Indian journal of veterinary science and animal husbandry - Volume 2,
Year: 1932
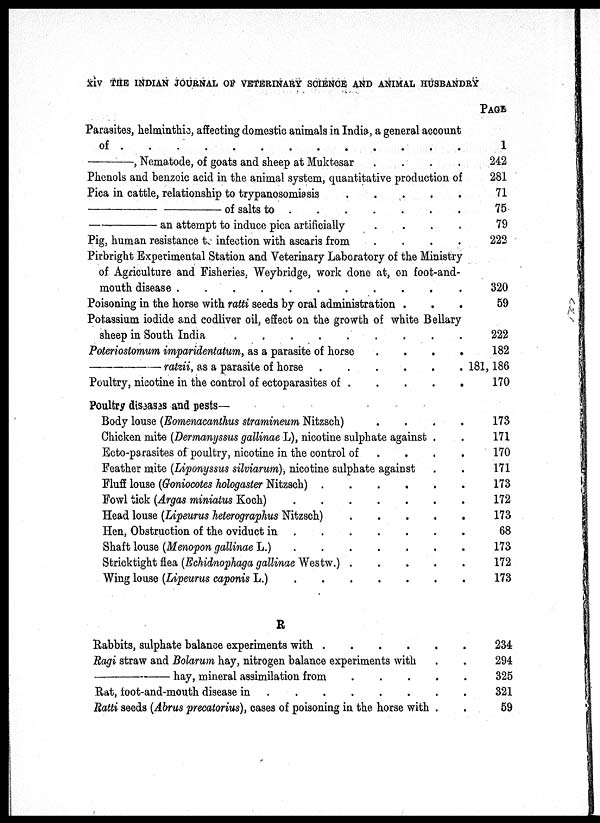
XIV THE INDIAN JOURNAL OF VETERINARY SCIENCE AND ANIMAL HUSBANDRY
Parasites, helminthic, affecting domestic animals in India, a general account
of
.
.
.
.
.
.
.
.
—,
Nematode, of goats and sheep at Muktesar . . . . . . . .
Phenols and benzoic acid in the animal system, quantitative production of
Pica in cattle, relationship to trypanosomiasis . . . . . . . .
—of
salts to . . . . . . . .
—an
attempt to induce pica artificially . . . . . . . .
Pig, human resistance to infection with ascaris from . . . . . . . .
Pirbright Experimental Station and Veterinary Laboratory of the Ministry
of Agriculture and Fisheries. Weybridge, work done at, on foot-and-
mouth disease
.
.
.
.
.
.
.
.
Poisoning in the horse with ratti seeds by oral administration .
Potassium iodide and codliver oil, effect on the growth of white Bellary
sheep in South India
Poteriostomum imparidentatum, as a parasite of horse . . . . . . . .
ratzii, as a parasite of horse . . . . . . . .
Poultry, nicotine in the control of ectoparasites of . . . . . . . .
Poultry diseases and pests—
Body louse (Eomenacanthus stramineum Nitzsch) . . . . . . . .
Chicken mite (Dermanyssus gallinae L), nicotine sulphate against . .
Ecto-parasites of poultry, nicotine in the control of . . . . . . . .
Feather mite (Liponyssus silviarum), nicotine sulphate against . .
Fluff louse (Goniocotes hologaster Nitzsch) . . . . . . . .
Fowl tick (Argas miniatus Koch)
.
.
.
.
.
.
.
.
Head louse (Lipeurus heterographus Nitzsch) . . . . . . . .
Hen, Obstruction of the oviduct in
.
.
.
.
.
.
.
.
Shaft louse (Menopon gallinae L.)
.
.
.
.
.
.
.
.
Stricktight flea (Echidnophaga gallinae Westw.) . . . . . . . .
Wing louse (Lipeurus caponis L.)
.
.
.
.
.
.
.
.
R
Rabbits, sulphate balance experiments with . . . . . . . .
Ragi straw and Bolarum hay, nitrogen balance experiments with . .
hay, mineral assimilation from . . . . . . . .
Rat, foot-and-mouth disease in
.
.
.
.
.
.
.
.
Ratti seeds (Abrus precatorius), cases of poisoning in the horse with .
PAGE
1
242
281
71
75
79
222
320
59
222
182
181,186
170
173
171
170
171
173
172
173
68
173
172
173
234
294
325
321
59